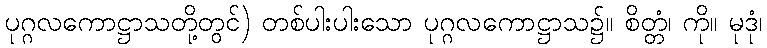
ပုဂ္ဂလကောဋ္ဌာသတို့တွင်) တစ်ပါးပါးသော ပုဂ္ဂလကောဋ္ဌာသ၌။ စိတ္တံ၊ ကို။ မုဒုံ၊